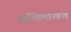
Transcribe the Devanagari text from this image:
अभिलाखत